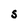
Character: S